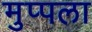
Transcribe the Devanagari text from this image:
मुप्पला